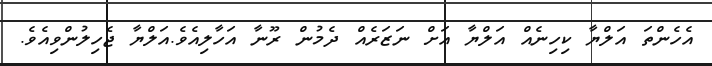
އެހެންތަ އަލްޔާ ކިހިނެއް އަލްޔާ އަށް ނަޒަރެއް ދެމުން ރޫނާ އަހާލިއެވެ.އަލްޔާ ޖެހިލުންވިއެވެ.